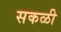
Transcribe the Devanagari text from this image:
सकळी